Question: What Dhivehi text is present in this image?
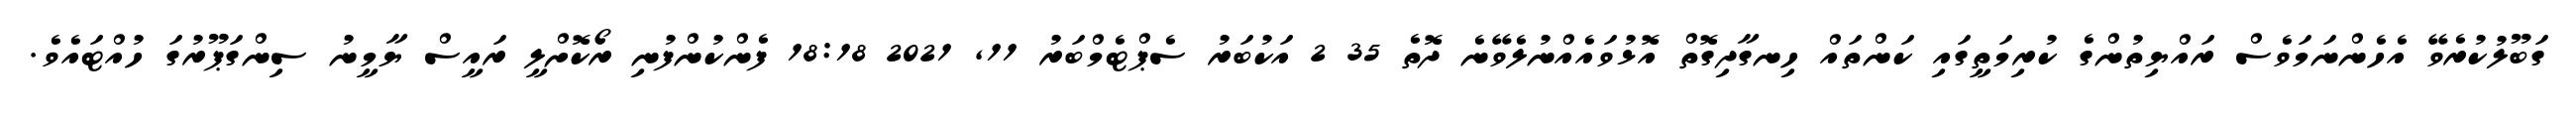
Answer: ގަބޫލުކުރެވޭ އެހެންނަމަވެސް ރައްޔިތުންގެ ކުރިމަތީގައި ކަންތައް ހިނގާދިގޮތް އޮޅުވައެއްނުލެވޭނެ ދޮތެ 35 2 އަކުބަރު ސެޕްޓެމްބަރު 11, 2021 18:18 ފެންކުންފުނި ރޯކޮށްލީ ރައީސް ޔާމީނު ސިންގަޕޫރުގަ ހުއްޓައެވެ.